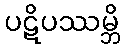
ပဋိပဿမ္ဘိ